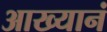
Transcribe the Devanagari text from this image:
आख्यानं